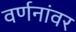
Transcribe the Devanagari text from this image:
वर्णनांवर